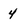
Character: 4